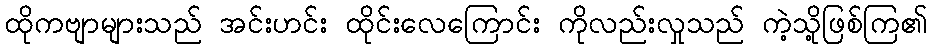
ထိုကဗျာများသည် အင်းဟင်း ထိုင်းလေကြောင်း ကိုလည်းလှုသည် ကဲ့သို့ဖြစ်ကြ၏